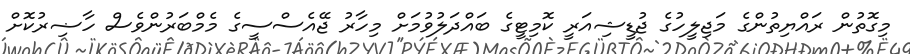
މިގޮތުން ރައްޔިތުންގެ މަޖިލީހުގެ ޖުޑީޝިއަރީ ކޮމިޓީގެ ބައްދަލުވުމަށް މިހާރު ޖޭއެސްސީގެ މެމްބަރުންވެސް ހާޟިރުކޮށް